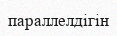
параллелдігін